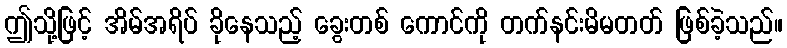
ဤသို့ဖြင့် အိမ်အရိပ် ခိုနေသည့် ခွေးတစ် ကောင်ကို တက်နင်းမိမတတ် ဖြစ်ခဲ့သည်။